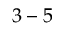
3 - 5